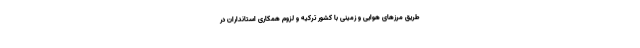
طریق مرزهای هوایی و زمینی با کشور ترکیه و لزوم همکاری استانداران در